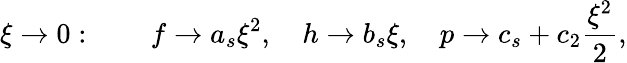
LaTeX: \xi\rightarrow 0:\qquad f\rightarrow a_{s}\xi^{2},\quad h\rightarrow b_{s}\xi,\quad p\rightarrow c_{s}+c_{2}\frac{\xi^{2}}{2},